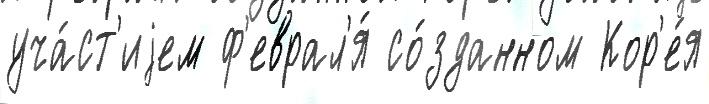
уча́ст'иjем ф'еврал'я́ со́зданном Кор'е́я